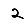
Digit: 2